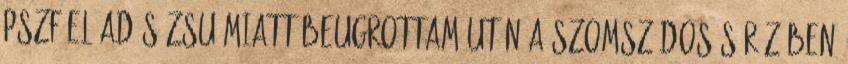
PSZF előadás Zsu miatt beugrottam után a szomszédos sörözőben